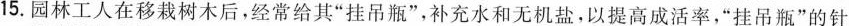
15.园林工人在移栽树木后，经常给其”挂吊瓶”，补充水和无机盐，以提高成活率，”挂吊瓶”的针